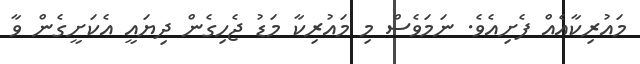
މައުރިކާއެއް ފެށިއެވެ. ނަމަވެސް މި މައުރިކާ މަޑު ޖެހިގެން ދިޔައީ އެކަށީގެން ވާ